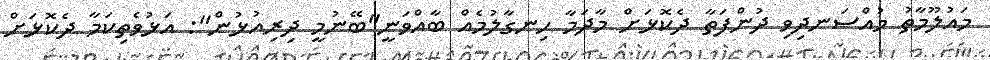
މައުލޫމާތު މުއްސަނދިވި ދުންފަތާ ދެކޮޅަށް މާދަމާ ހިނގާލުމެއް ބާއްވަނީ"ބޭނުމީ ދިރިއުޅުން": އަޅުވެތިކަމާ ދެކޮޅަށް